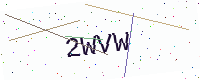
Text: 2WVW